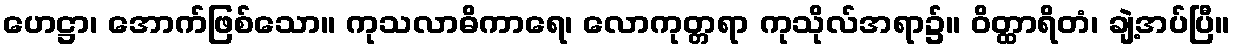
ဟေဋ္ဌာ၊ အောက်ဖြစ်သော။ ကုသလာဓိကာရေ၊ လောကုတ္တရာ ကုသိုလ်အရာ၌။ ဝိတ္ထာရိတံ၊ ချဲ့အပ်ပြီ။